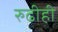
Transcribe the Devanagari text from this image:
रुढीही